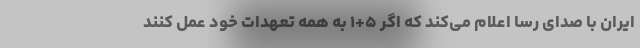
ایران با صدای رسا اعلام می‌کند که اگر ۵+۱ به همه تعهدات خود عمل کنند